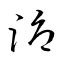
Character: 溽